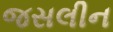
જસલીન